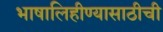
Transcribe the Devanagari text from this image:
भाषालिहीण्यासाठीची